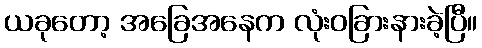
ယခုတော့ အခြေအနေက လုံးဝခြားနားခဲ့ပြီ။